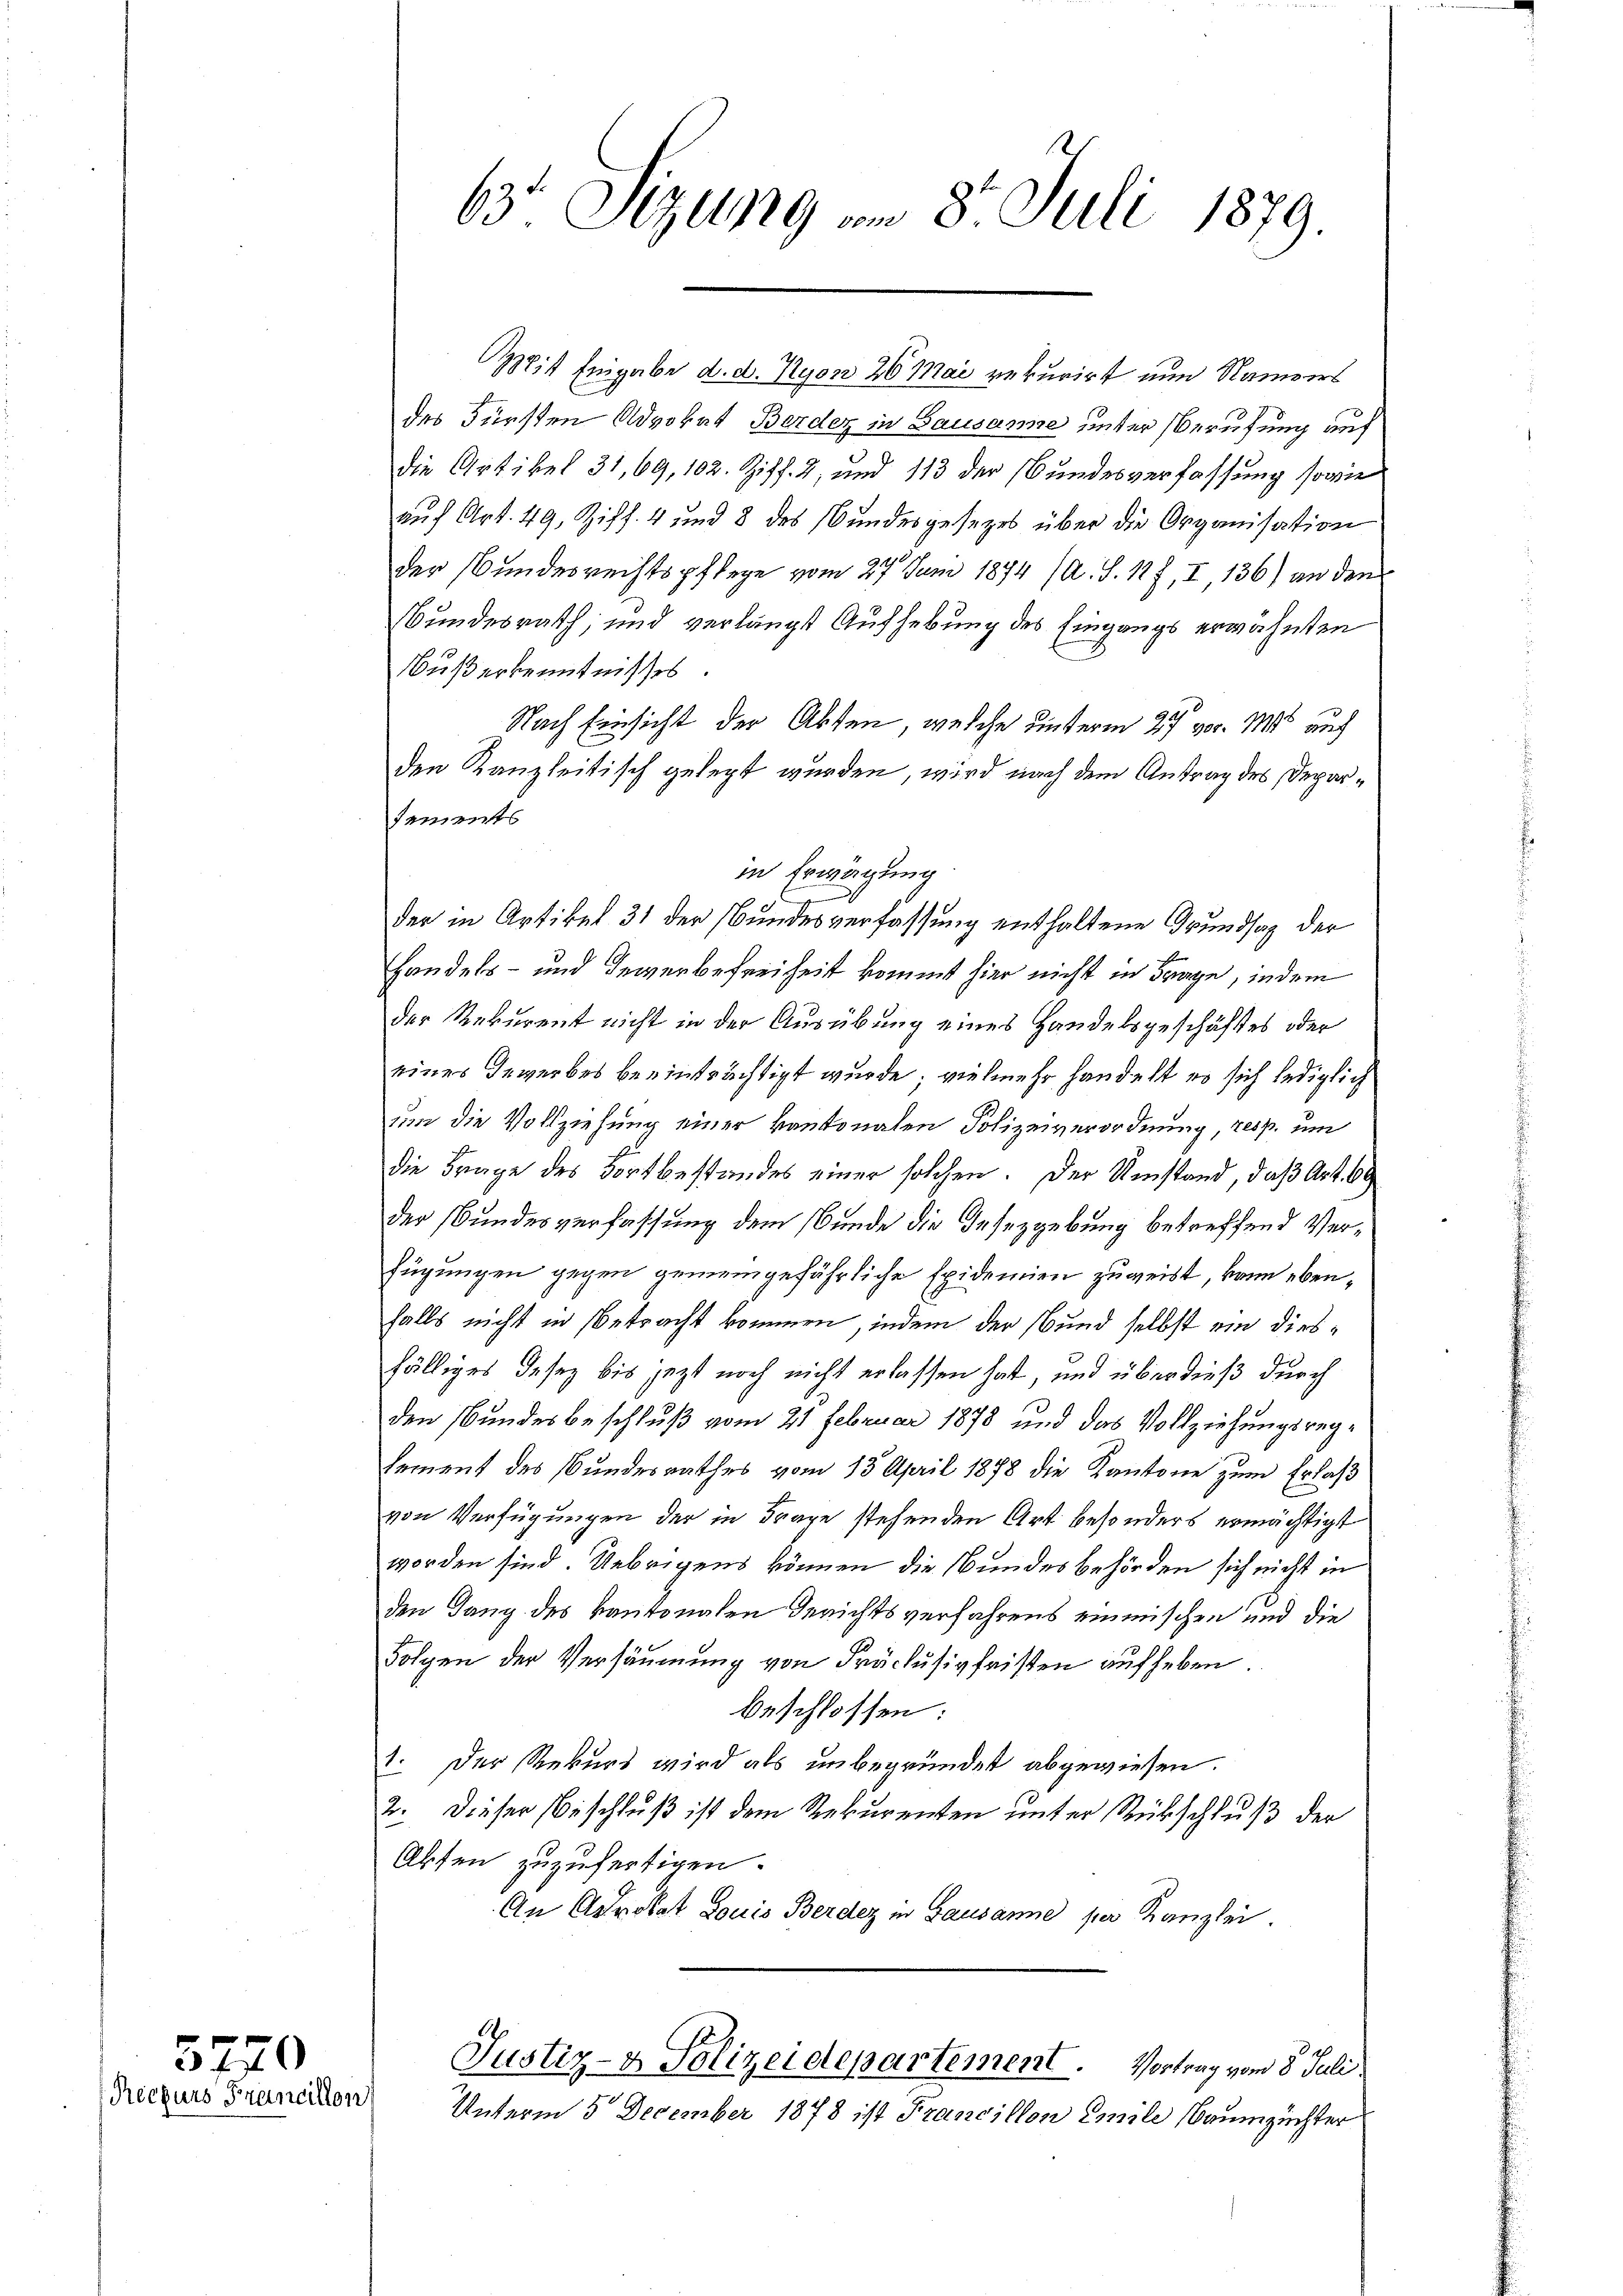
5770
Recurs Francillon

63 Sizung am 8. Juli 1879.

Mit Eingabe d. d. Nyon 26. Mai rekurirt nun Namens
des Fürsten Advokat Berden in Bausanne unter Berufung auf
die Artikel 31, 69, 102. Ziff. 2, und 113 der Bundesverfassung sowie
auf Art. 49, Ziff. 4 und 8 des Bundesgesezes über die Organisation
der Bundesrechtspflege vom 27. Juni 1894 (A. S. 147, I, 136) an den
Bundesrath, und verlangt Aufhebung des Eingangs erwähnten
Nußerkenntnisses.
Nach Einsicht der Akten, welche unterm 27 vor. Mts auch
den Kanzleitisch gelegt wurden, wird nach dem Antrag des Deparsements
in Erwägung
der in Artikel 31 der Bundesverfassung enthaltene Grundsaz der
Handels- und Gewerbefreiheit kommt hier nicht in Frage, indem
der Rekurent nicht in der Ausübung eines Handelsgeschäftes oder
eines Gewerbes beeinträchtigt wurde; vielmehr handelt es sich lediglich
um die Vollziehung einer kantonalen Polizeiverordnung, resp. um
die Frage des Fortbestandes einer solchen. Der Umstand, daß Art. 60
der Bundesverfassung dem Bunde die Gesezgebung betreffend Verfügungen gegen gemeingefährliche Epidemien zuweist, kann eben,
falls nicht in betracht kommen, indem der Bund selbst ein diesfälliges Gesez bis jetzt noch nicht erlassen hat, und überdieß durch
den Bundesbeschluß vom 21 Februar 1878 und das Vollziehungsreglement des Bundesrathes vom 13. April 1878 die Kantone zum Erlaß
von Verfügungen der in Frage stehenden Art besonders ermächtigt
worden sind. Uebrigens können die Bundesbehörden sich nicht in
den Gang des kantonalen Gerichtsverfahrens einmischen und die
Folgen der Versäumung von Präclusivfristen auf heben
beschlossen:
1. Der Rekurs wird als unbegründet abgewiesen.
2. Dieser Beschluß ist dem Rekurenten unter Rückschluß der
Absen zuzufertigen.
An Advokat Louis Berdez in Lausanne per Kanzlei.
Justiz- & Polizeidepartement. Vortrag vom 8. Juli.
Unterm 5. December 1878 ist Francillon Emile Baumzüchter